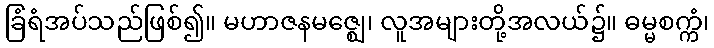
ခြံရံအပ်သည်ဖြစ်၍။ မဟာဇနမဇ္ဈေ၊ လူအများတို့အလယ်၌။ ဓမ္မစက္ကံ၊